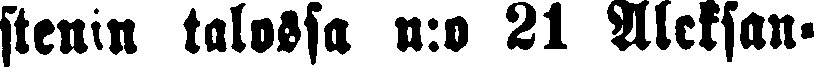
stenin talossa n:o 81 Aleksan-